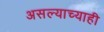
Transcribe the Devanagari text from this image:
असल्याच्याही